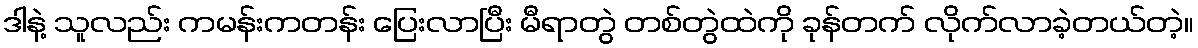
ဒါနဲ့ သူလည်း ကမန်းကတန်း ပြေးလာပြီး မီရာတွဲ တစ်တွဲထဲကို ခုန်တက် လိုက်လာခဲ့တယ်တဲ့။